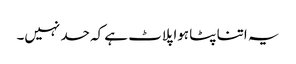
یہ اتنا پٹا ہوا پلاٹ ہے کہ حد نہیں۔